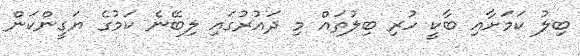
ބިލު ކަމަށާއި ބާކީ ހުރި ބިލުތައް މި ދައުރުގައި ލިބޭނެ ކަމުގެ ޔަގީންކަން